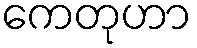
ကေတုဟာ